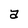
Character: a